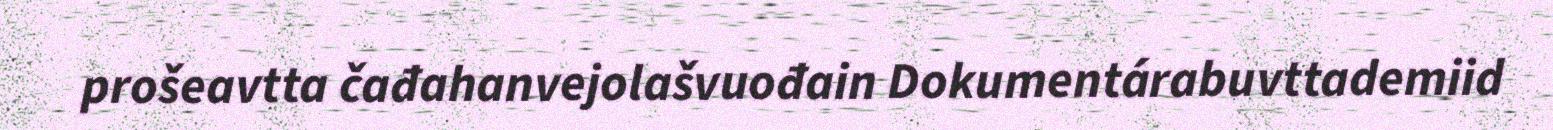
prošeavtta čađahanvejolašvuođain Dokumentárabuvttademiid